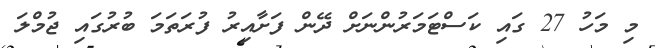
މި މަހު 27 ގައި ކަސްޓަމަރުންނަށް ދޭން ފަށާއިރު ފުރަތަމަ ބުރުގައި ޖުމްލަ